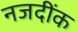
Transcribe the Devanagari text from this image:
नजदींक